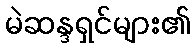
မဲဆန္ဒရှင်များ၏